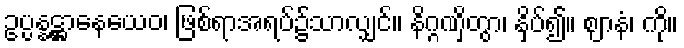
ဥပ္ပန္နဋ္ဌာနေယေဝ၊ ဖြစ်ရာအရပ်၌သာလျှင်။ နိဂ္ဂဏှိတွာ၊ နှိပ်၍။ ဈာနံ၊ ကို။